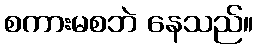
စကားမစဘဲ နေသည်။